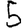
Digit: 5